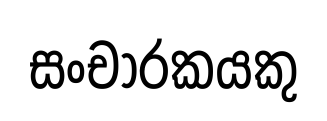
සංචාරකයකු